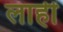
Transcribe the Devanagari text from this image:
लाहीं